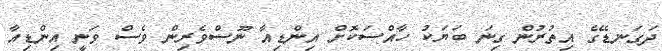
ދަގަނޑޭގެ އިތުރުން ގިނަ ބަޔަކު ހާއްސަކޮށް އިންޑިއާ ނޫސްވެރިން ވެސް ވަނީ އިންޑިއާ